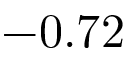
- 0 . 7 2